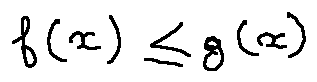
f ( x ) \leq g ( x )